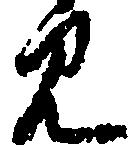
見